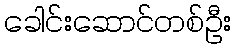
ခေါင်းဆောင်တစ်ဦး